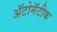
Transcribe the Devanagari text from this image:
ॲटोमॅटीक